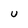
Character: U